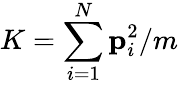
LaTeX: K=\sum_{i=1}^{N}{\mathbf p}_{i}^{2}/m